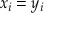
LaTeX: x _ { i } = y _ { i }